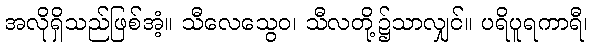
အလိုရှိသည်ဖြစ်အံ့။ သီလေသွေဝ၊ သီလတို့၌သာလျှင်။ ပရိပူရကာရီ၊